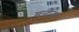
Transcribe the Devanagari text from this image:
मन्टेना